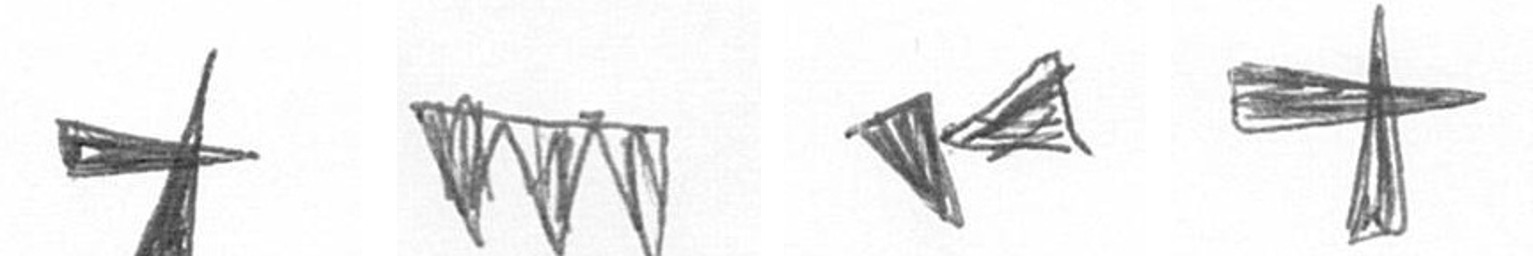
G L F G